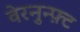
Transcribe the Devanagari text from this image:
वेरनुन्फ़्ट